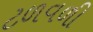
ટળવળી